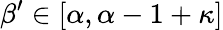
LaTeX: \beta^{\prime}\in[\alpha,\alpha-1+\kappa]